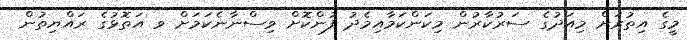
މީގެ އިތުރަށް މިއަދުގެ ސަރުކާރުން މިކަންކަމާއިމެދު ފުންކޮށް ވިސްނާނެކަމަށް ވ އަތޮޅުގެ ރައްޔިތުން